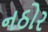
નઠોર